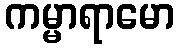
ကမ္မာရာမော